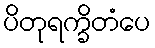
ပိတုရက္ခိတံပေ